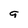
Character: g